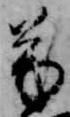
芳